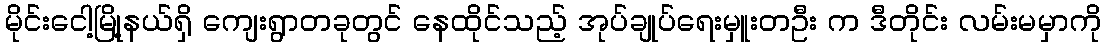
မိုင်းငေါ့မြို့နယ်ရှိ ကျေးရွာတခုတွင် နေထိုင်သည့် အုပ်ချုပ်ရေးမှူးတဦး က ဒီတိုင်း လမ်းမမှာကို